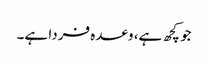
جو کچھ ہے، وعدہ فردا ہے۔